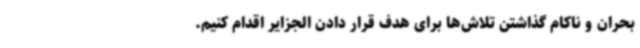
بحران و ناکام گذاشتن تلاش‌ها برای هدف قرار دادن الجزایر اقدام کنیم.